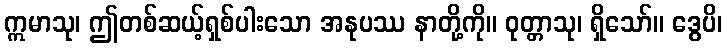
ဣမာသု၊ ဤတစ်ဆယ့်ရှစ်ပါးသော အနုပဿ နာတို့ကို။ ဝုတ္တာသု၊ ရှိသော်။ ဒွေပိ၊